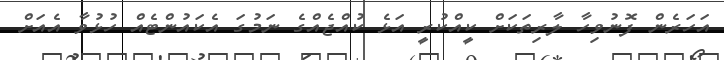
އަހަރެން ފޮނުވިހާ ލާރިތަކަށް ކީއްކުރީ އަޅެ ކުއްޖެއްގެ ނަމުގަ އެކައުންޓެއް ހުޅުވާ އެއަށް